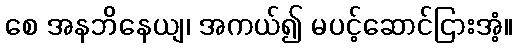
စေ အနဘိနေယျ၊ အကယ်၍ မပင့်ဆောင်ငြားအံ့။